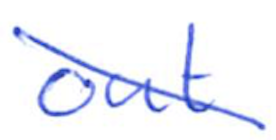
Text: out
Cross-out: diagonal
Writing tool: ballpoint